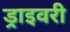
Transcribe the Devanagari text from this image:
ड्राइवरी